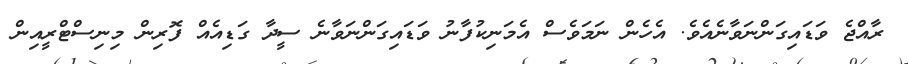
ރާއްޖެ ވަޑައިގަންނަވާނެއެވެ. އެހެން ނަމަވެސް އެމަނިކުފާނު ވަޑައިގަންނަވާނެ ސީދާ ގަޑިއެއް ފޮރިން މިނިސްޓްރީއިން